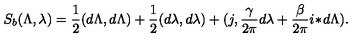
S _ { b } ( \Lambda , \lambda ) = { \frac { 1 } { 2 } } ( d \Lambda , d \Lambda ) + { \frac { 1 } { 2 } } ( d \lambda , d \lambda ) + ( j , { \frac { \gamma } { 2 \pi } } d \lambda + { \frac { \beta } { 2 \pi } } i \! \ast \! d \Lambda ) .